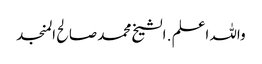
واللہ اعلم . الشیخ محمد صالح المنجد